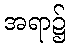
အရာ၌